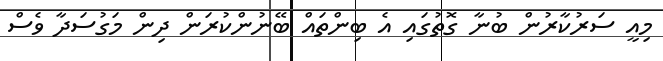
މިއީ ސަރުކާރުން ބުނާ ގޮތުގައި އެ ބިންތައް ބޭނުންކުރަން ދިން މަގުސަދާ ވެސް